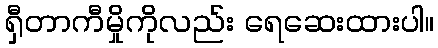
ရှီတာကီမှိုကိုလည်း ရေဆေးထားပါ။